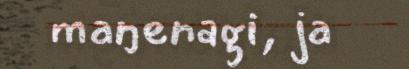
maŋenagi, ja